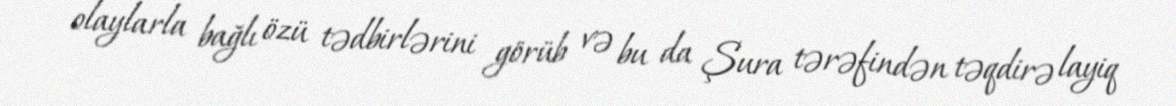
olaylarla bağlı özü tədbirlərini görüb və bu da Şura tərəfindən təqdirə layiq